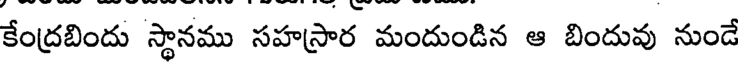
కేంద్రబిందు స్థానము సహస్రార మందుండిన ఆ బిందువు నుండే